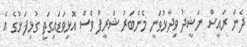
ދެން ރައީސް ނަޝީދު ވިދާޅުވަނީ މެންބަރު ޝަރީފް ވެސް އޮޅިވަޑައިގަތީ ގުޅިފަޅުގެ އެ